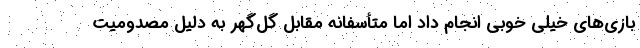
بازی‌های خیلی خوبی انجام داد اما متأسفانه مقابل گل‌گهر به دلیل مصدومیت